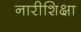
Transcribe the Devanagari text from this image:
नारीशिक्षा